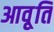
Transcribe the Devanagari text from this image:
आवृ्ति